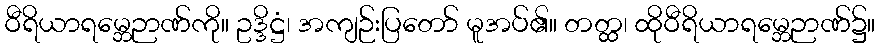
ဝီရိယာရမ္ဘေဉာဏ်ကို။ ဥဒ္ဒိဋ္ဌံ၊ အကျဉ်းပြတော် မူအပ်၏။ တတ္ထ၊ ထိုဝီရိယာရမ္ဘေဉာဏ်၌။